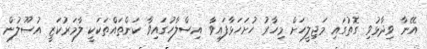
އޭނާ ވިދާޅުވި ގޮތުގައި މަޖިލީހަށް މިހާރު ހުށަހަޅާފައިވާ އިސްލާހުގައިވާ ކަންތައްތަކަކީ ލާމަރުކަޒީ އުސޫލުން